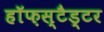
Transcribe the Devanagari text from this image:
हॉफ़स्टैड्टर